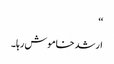
‘‘
ارشد خاموش رہا۔